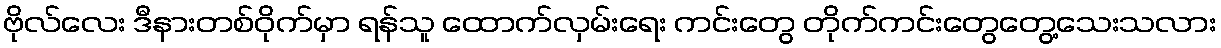
ဗိုလ်လေး ဒီနားတစ်ဝိုက်မှာ ရန်သူ ထောက်လှမ်းရေး ကင်းတွေ တိုက်ကင်းတွေတွေ့သေးသလား